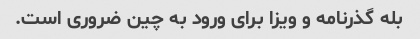
بله گذرنامه و ویزا برای ورود به چین ضروری است.